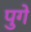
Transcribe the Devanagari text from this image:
पुगे